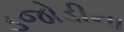
ડજોડીના